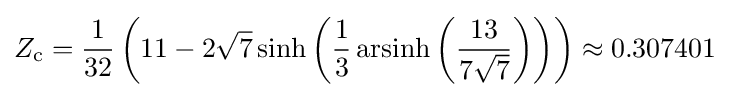
Z_{\text{c}}={\frac {1}{32}}\left(11-2{\sqrt {7}}\sinh \left({\frac {1}{3}}\operatorname {arsinh} \left({\frac {13}{7{\sqrt {7}}}}\right)\right)\right)\approx 0.307401